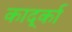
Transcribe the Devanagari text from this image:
कार्द्का